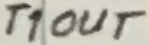
Text: T1OUT